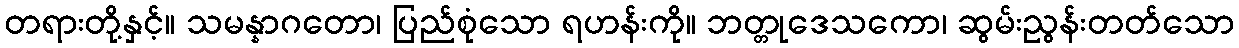
တရားတို့နှင့်။ သမန္နာဂတော၊ ပြည်စုံသော ရဟန်းကို။ ဘတ္တုဒေသကော၊ ဆွမ်းညွန်းတတ်သော